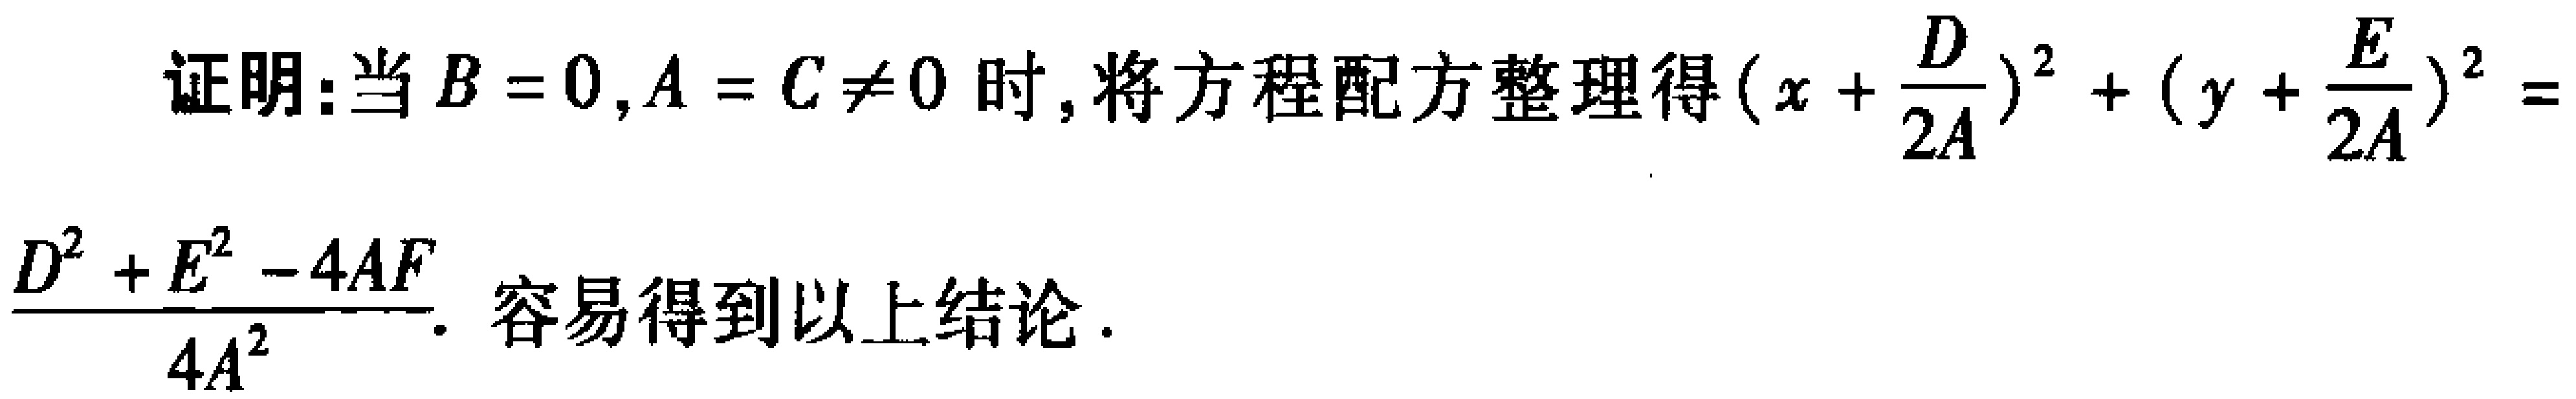
证明：当\(B = 0,A = C\neq 0\)时，将方程配方整理得\((x + \frac{D}{2A})^2 + (y + \frac{E}{2A})^2=\frac{D^{2}+E^{2}-4AF}{4A^{2}}\)。容易得到以上结论。